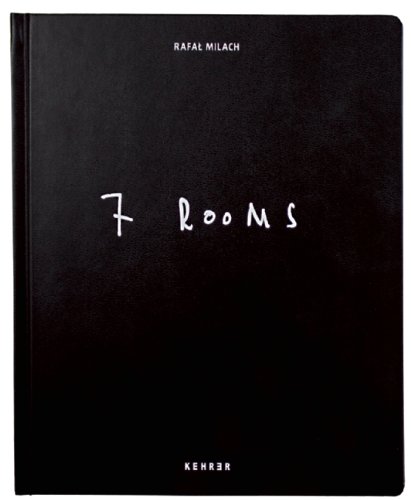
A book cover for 7 Rooms; Svetlana Alexievich; Arts & Photography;